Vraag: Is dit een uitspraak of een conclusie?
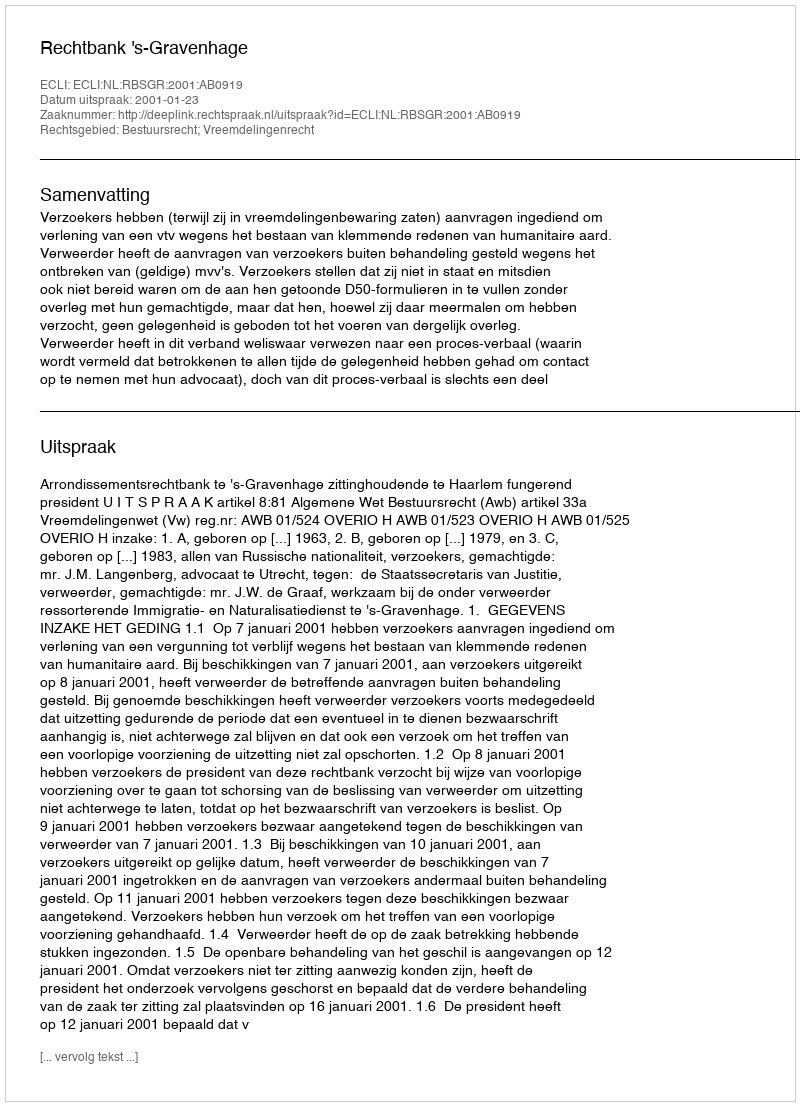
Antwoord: Uitspraak